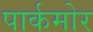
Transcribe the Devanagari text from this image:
पार्कमोर